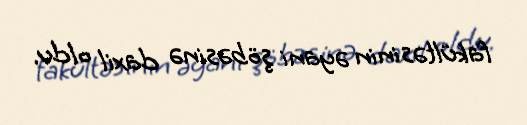
fakültəsinin əyani şöbəsinə daxil oldu.